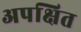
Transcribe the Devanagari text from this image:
अपक्षित